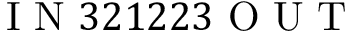
\mathrm { ~ I ~ N ~ } 3 2 1 2 2 3 \mathrm { ~ O ~ U ~ T ~ }